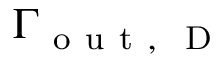
\Gamma _ { \mathrm { ~ o ~ u ~ t ~ , ~ } \mathrm { ~ D ~ } }